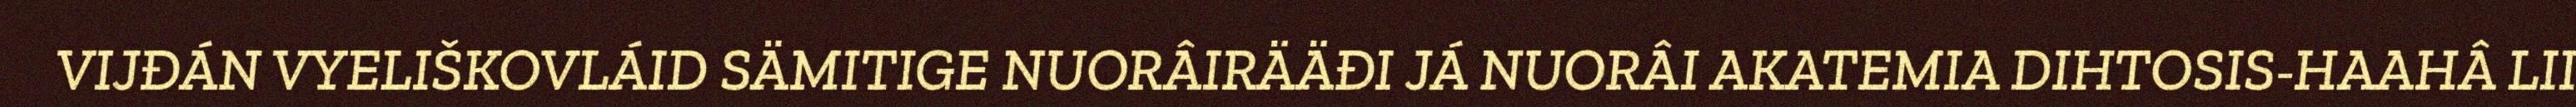
VIJĐÁN VYELIŠKOVLÁID SÄMITIGE NUORÂIRÄÄĐI JÁ NUORÂI AKATEMIA DIHTOSIS-HAAHÂ LII